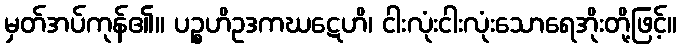
မှတ်အပ်ကုန်၏။ ပဉ္စဟိဥဒကဃဋေဟိ၊ ငါးလုံးငါးလုံးသောရေအိုးတို့ဖြင့်။